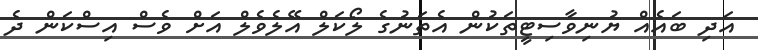
އަދި ބައެއް ޔުނިވާސިޓީތަކުން އެތަނުގެ ލޯކަލް އޭލެވެލް އަށް ވެސް އިސްކަން ދެ